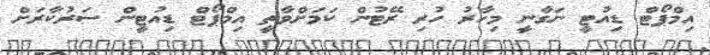
އިމްޕޯޓް ޑިއުޓީ ނަގާނީ މިހާރު ހުރި ރޭޓުން ކަމަށްވާތީ އިމްޕޯޓް ޑިއުޓީން ސަރުކާރަށް